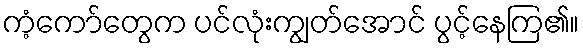
ကံ့ကော်တွေက ပင်လုံးကျွတ်အောင် ပွင့်နေကြ၏။